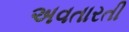
અવતારતી